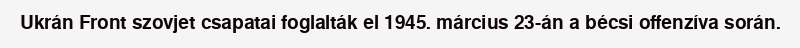
Ukrán Front szovjet csapatai foglalták el 1945. március 23-án a bécsi offenzíva során.